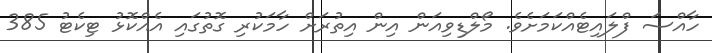
ހާއްސަ ފްލައިޓެއްކަމަށެވެ. މޯލްޑިވިއަން އިން އިތުރަށް ހާމަކުރި ގޮތުގައި އެއްކޮޅު ޓިކެޓު 385